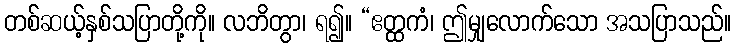
တစ်ဆယ့်နှစ်သပြာတို့ကို။ လဘိတွာ၊ ရ၍။ “ဧတ္ထကံ၊ ဤမျှလောက်သော အသပြာသည်။